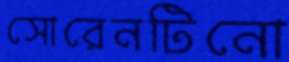
সোরেনটিনো